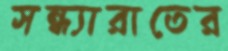
সন্ধ্যারাতের